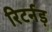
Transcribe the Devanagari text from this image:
रिटर्नड़